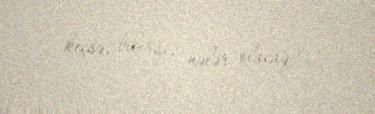
keçsə, bilirsiz nələr olacaq?.